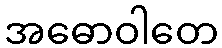
အဓောဝါတေ